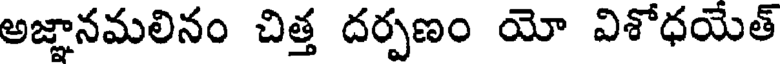
అజ్ఞానమలినం చిత్త దర్పణం యో విశోధయేత్